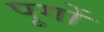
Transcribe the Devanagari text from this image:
पूगों